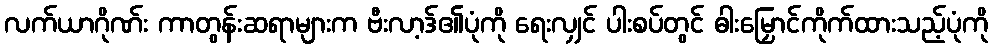
လက်ယာဂိုဏ်း ကာတွန်းဆရာများက ဗီးလာ့ဒ်၏ပုံကို ရေးလျှင် ပါးစပ်တွင် ဓါးမြှောင်ကိုက်ထားသည့်ပုံကို